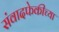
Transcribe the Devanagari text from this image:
संवादफेकीच्या